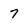
Character: 7